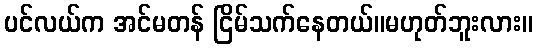
ပင်လယ်က အင်မတန် ငြိမ်သက်နေတယ်။မဟုတ်ဘူးလား။